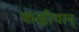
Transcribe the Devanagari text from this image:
कक्षीवान्‌